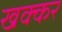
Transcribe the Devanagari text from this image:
खक्कर